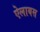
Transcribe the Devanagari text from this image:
ऐलायस